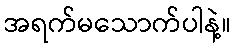
အရက်မသောက်ပါနဲ့။